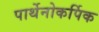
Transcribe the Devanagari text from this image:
पार्थेनोकर्पिक